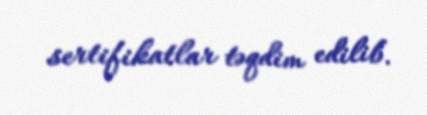
sertifikatlar təqdim edilib.